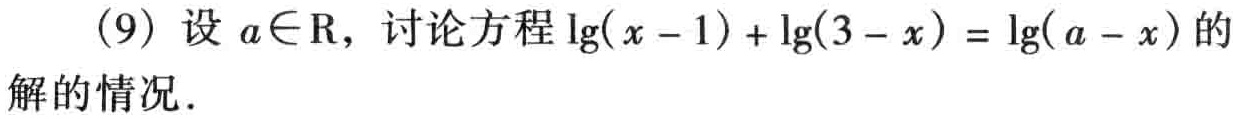
(9) 设 \(a\in\mathrm{R}\)，讨论方程 \(\lg(x - 1)+\lg(3 - x)=\lg(a - x)\) 的解的情况．